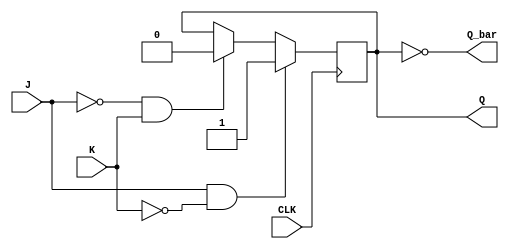
module jk_flipflop(
    input wire J,
    input wire K,
    input wire CLK,
    output reg Q,
    output reg Q_bar
);

reg state;

always @(posedge CLK) begin
    if (J & ~K) begin
        state <= 1; // SET
    end else if (~J & K) begin
        state <= 0; // RESET
    end
end

assign Q = state;
assign Q_bar = ~state;

endmodule